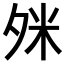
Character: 𪤹